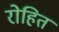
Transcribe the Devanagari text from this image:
रोहितं